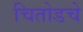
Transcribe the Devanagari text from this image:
चितोडचे